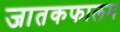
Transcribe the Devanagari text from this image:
जातकफालम